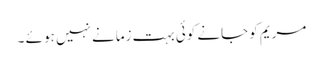
مریم کو جانے کوئی بہت زمانے نہیں ہو ئے ۔